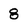
Character: 8